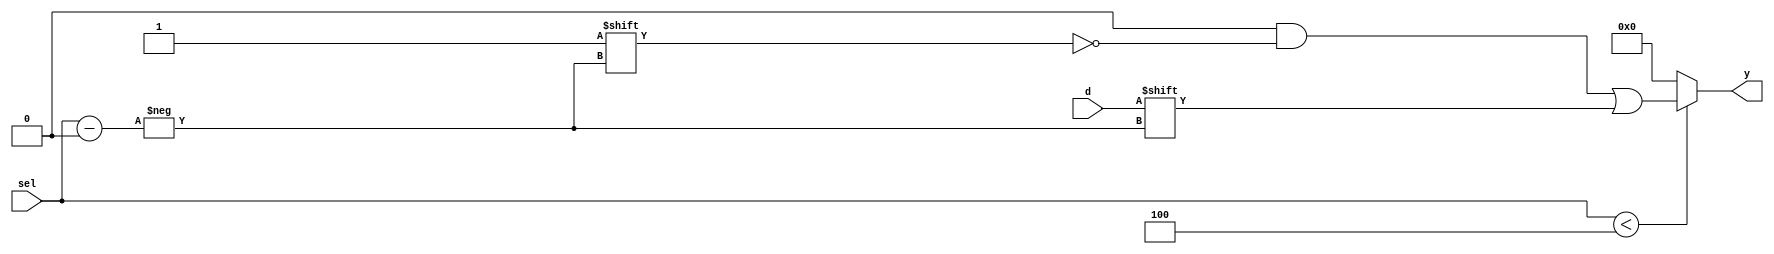
module parameterized_demux #(
    parameter N = 4,        // Number of output channels
    parameter WIDTH = 1     // Bit-width of the data input and output signals
)(
    input wire [WIDTH-1:0] d,       // Data input
    input wire [$clog2(N)-1:0] sel,  // Select lines
    output reg [N-1:0] y             // Output lines
);

    // Combinatorial logic to route the data input to the selected output
    always @(*) begin
        // Default all outputs to low
        y = {N{1'b0}};
        
        // Check if the select line is within the valid range
        if (sel < N) begin
            y[sel] = d; // Route the data to the selected output
        end
    end

endmodule